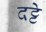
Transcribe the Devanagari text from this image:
दट्टे